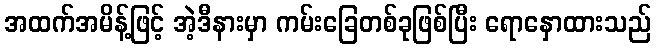
အထက်အမိန့်ဖြင့် အဲ့ဒီနားမှာ ကမ်းခြေတစ်ခုဖြစ်ပြီး ရောနှောထားသည်